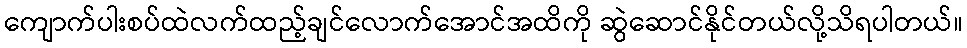
ကျောက်ပါးစပ်ထဲလက်ထည့်ချင်လောက်အောင်အထိကို ဆွဲဆောင်နိုင်တယ်လို့သိရပါတယ်။